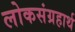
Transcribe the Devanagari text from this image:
लोकसंग्रहार्थ